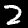
Digit: 2